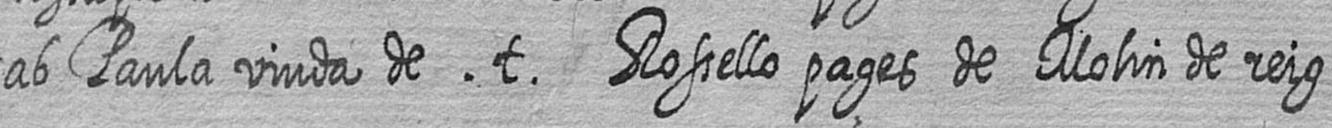
ab Paula viuda de t Rossello pages de Molin de reig